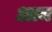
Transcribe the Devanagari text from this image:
अाम